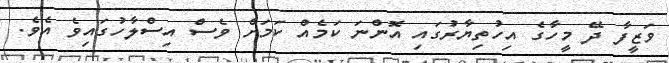
ވަޒީފާ ދޭ މީހާގެ އިހުތިޔާރުގައި އޮންނަ ކަމެއް ކަމަށް ވެސް އިސްލާހުގައިވެ އެވެ.